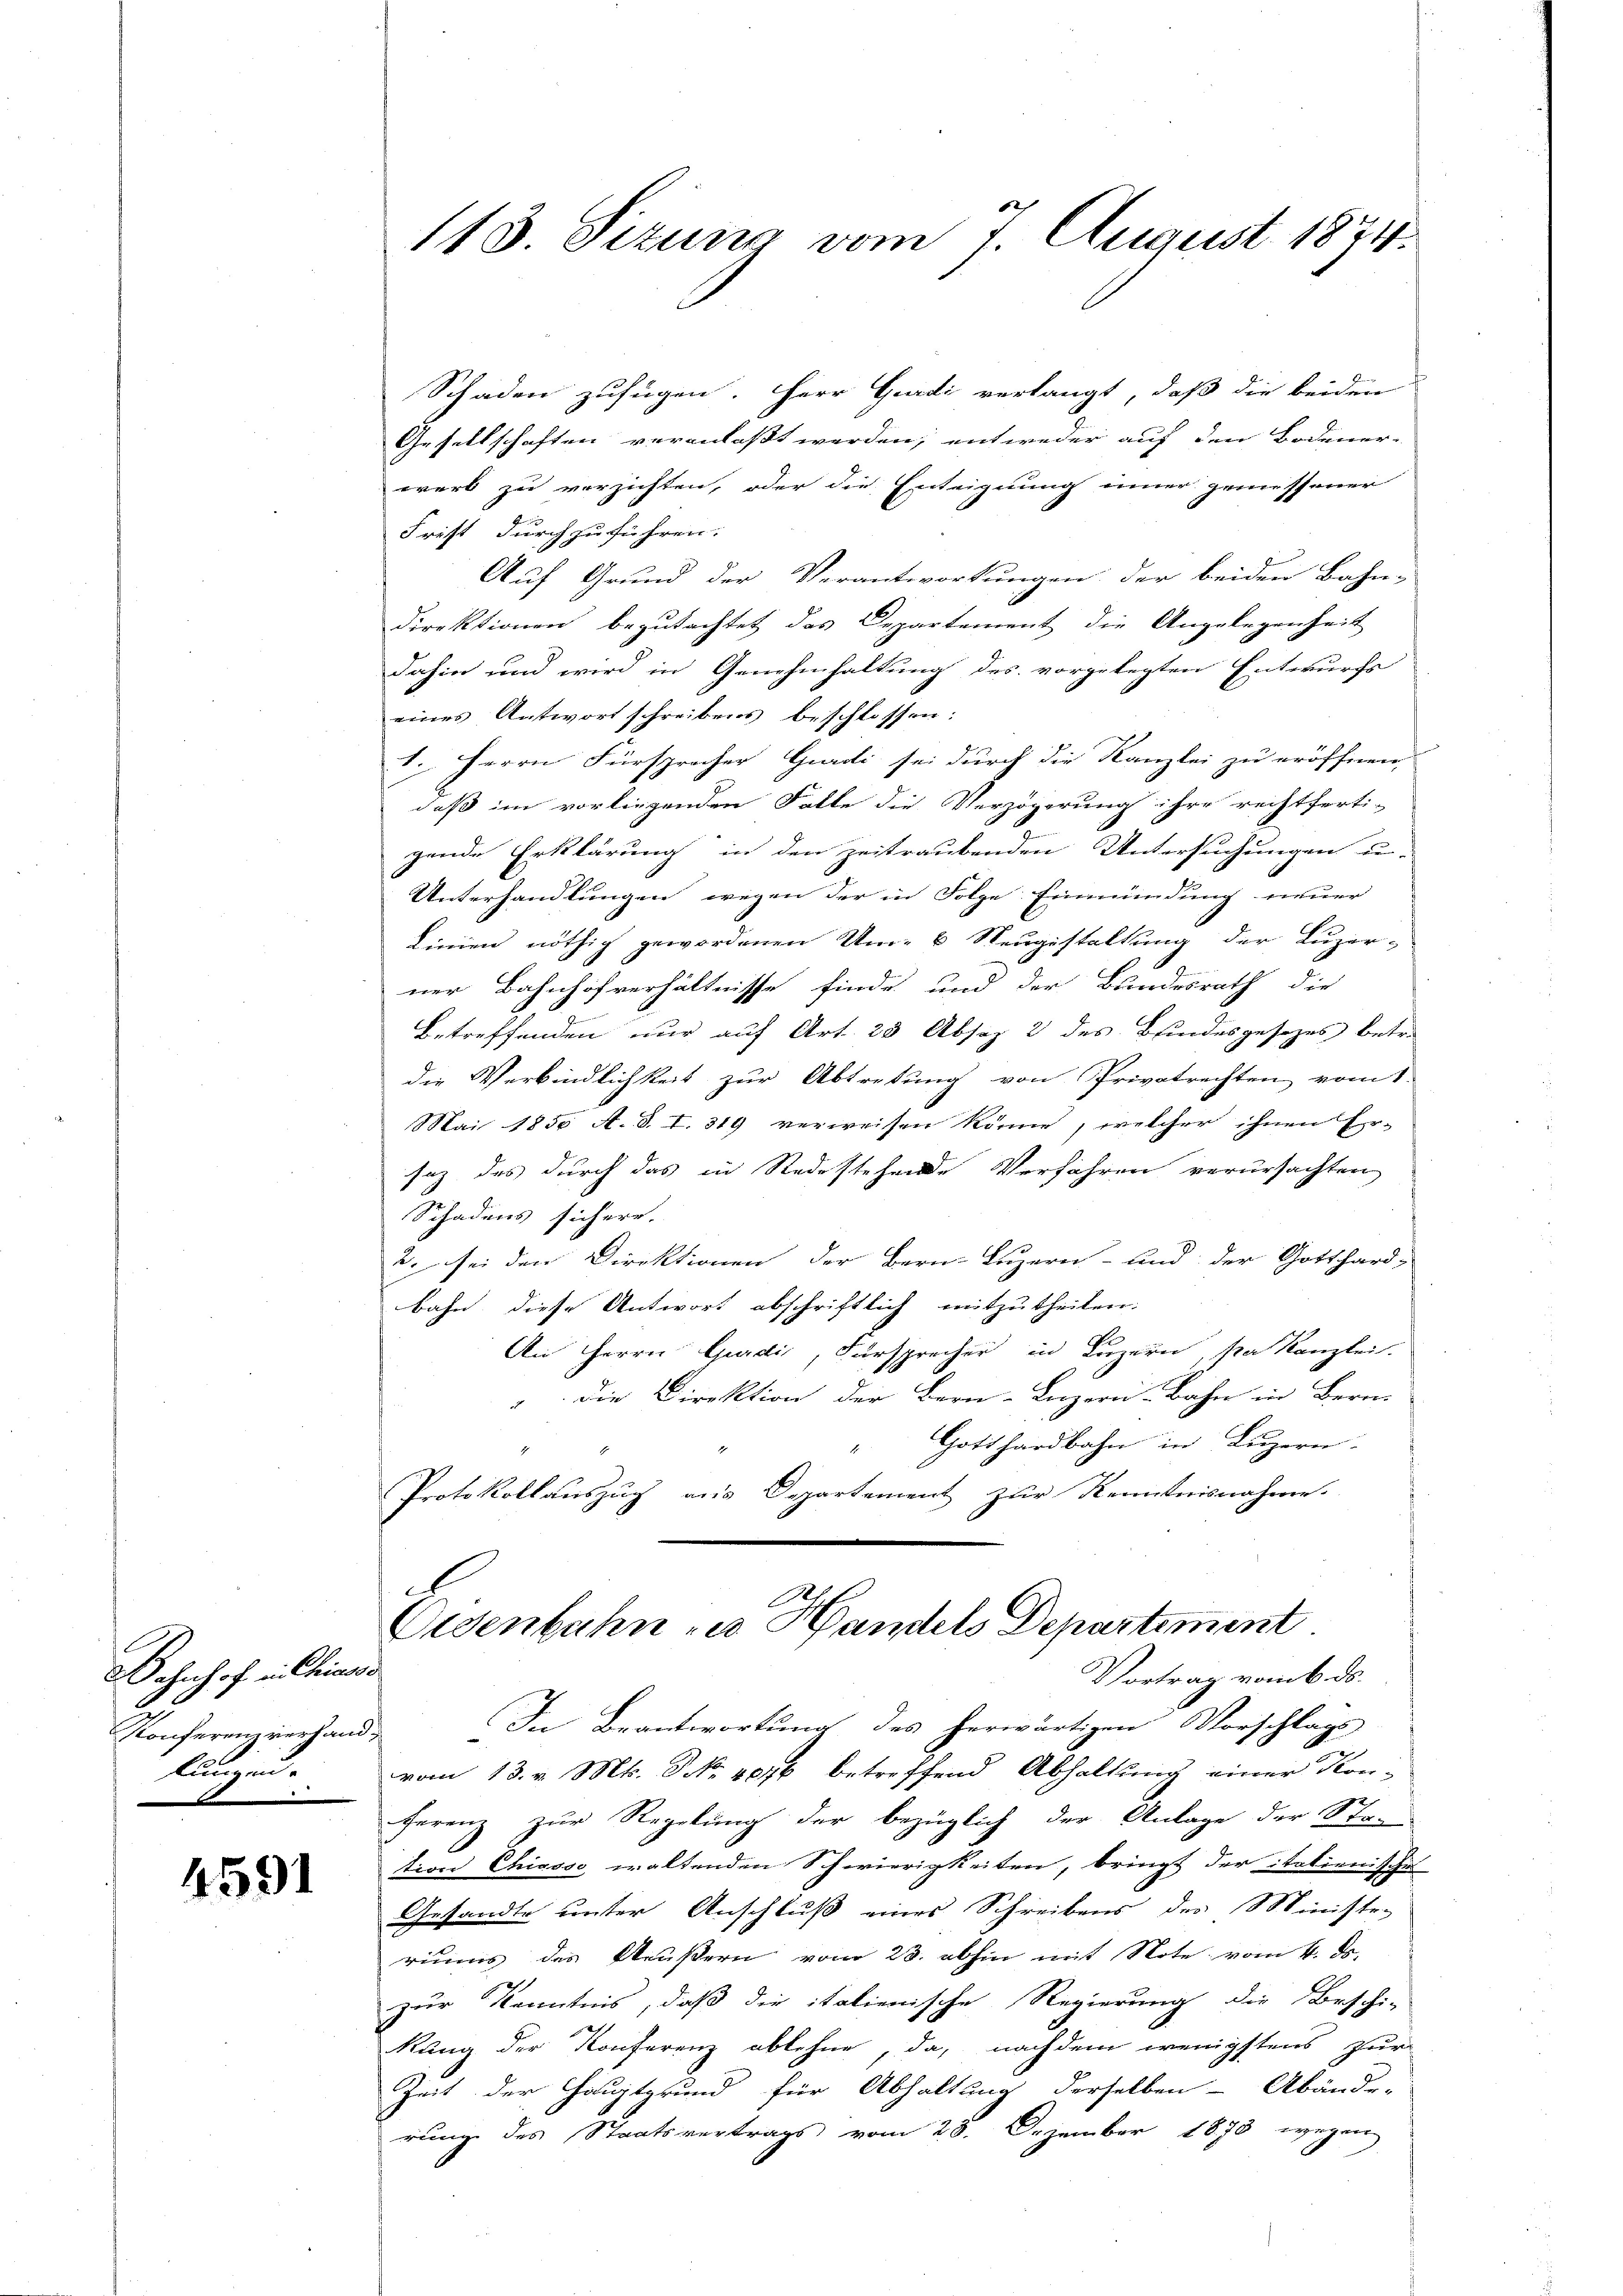
Bahnhof in Chias
Konferenz verhand
lun un

4591

113. Sizung vom 7. August 1874.

Schaden zufügen. Herr Gurdi verlangt, daß die beiden
Gesellschaften veranlaßt werden, entweder auf den Bodener-
werk zu verzichten, oder die Enteignung einer gemessener
Frist durchzuführen.
Auf Grund der Verantwortungen der beiden Bahn-
direktionen begutachtet das Departement die Angelegenheit
dahin und wird in Genehmhaltung des vorgelegten Entwurfs
eines Antwort schreibens beschlossen:
1. Herrn Fürsprocher Gardi sei durch die Kanzlei zu eröffnen,
daß im vorliegenden Falle die Verzögerung ihre rechtferti-
gende Erklärung in den Zeitraubenden Untersuchungen u.
Unterhandlungen, wegen der in Folge Einmündung neuer
Linien nöthig gewordenen Um- 6 Neugestaltung der Luzer-
ner Bahnhofverhältnisse finde und der Bundesrath die
Betreffenden nur auf Art. 25 Absez 2 des Bindesgesezes betr.
die Verbindlichkeit zur Abtretung von Privatrechten vom 1.
Mai 1850 A. S. I. 319 verweisen könne, welcher ihnen Er-
saz des durch das in Redestehende Verfahren verursachten
Schadens sichere.
2. sei den Direktionen der Bern Luzern- und der Gotthard-
bahn, diese Antwort abschriftlich mitzutheilen.
An Herrn Gurdi, Fürsprecher in Luzern, stat Kanzlei.
“ die Direktion der Bern-Luzern-Bahn in Bern
Gotthardbahn in Luzern.
Protokollauszug aus Departement zur Kenntnisnahme.
.
Oldenbahn zu Handels Departement
Vortrag vom 6. ds.
In Beantwortung des herwärtigen Vorschlags-
¬
vom 13. v. Mts. No. 406 betreffend Abhaltung einer Kon-
ferenz zur Regelung der bezüglich der Anlage der Sta-
tion Chiasso waltenden Schwierigkeiten, bringt der italienisches
Gesandte unter Anschluß eines Schreibens des Minister
riums des Aeußern vom 23. abhin mit Note vom 4. d.
zur Kenntnis, daß die italienische Regierung die Beschi-
Rung der Konferenz ablehne, da, nachdem wenigstens zur
Zeit der Hauptgrund für Abhaltung derselben Abände-
rung des Staatsvertrags vom 28. Dezember 1873 wegen